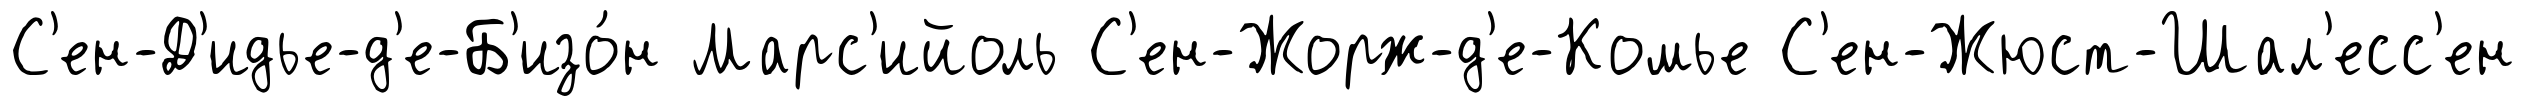
С'ен-Д'идье-д'е-Б'изо́н Марс'ийоль С'ен-Жорж-д'е-Комье С'ен-Жюст-Шал'есс'ен